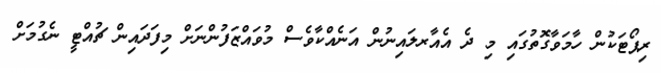
ރިޕޯޓަކުން ހާމަވާގޮތުގައި މި ދެ އެއާރލައިނުން އަނެއްކާވެސް މުވައްޒަފުންނަށް މިފަދައިން ޗުއްޓީ ނެގުމަށް